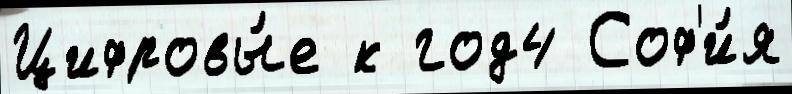
Цифровы́е к год4 Соф'и́я